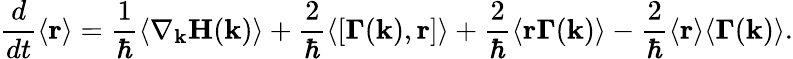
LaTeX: \frac{d}{dt}\langle\mathbf{r}\rangle=\frac{1}{\hbar}\langle\nabla_{\mathbf{k}}\mathbf{H}(\mathbf{k})\rangle+\frac{2}{\hbar}\langle[\mathbf{\Gamma}(\mathbf{k}),\mathbf{r}]\rangle+\frac{2}{\hbar}\langle\mathbf{r}\mathbf{\Gamma}(\mathbf{k})\rangle-\frac{2}{\hbar}\langle\mathbf{r}\rangle\langle\mathbf{\Gamma}(\mathbf{k})\rangle.